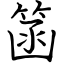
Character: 䈄